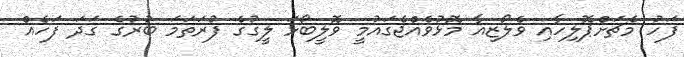
ފަހު މެޗަށްޕޮލިހާއި ވެލޯޒިއާ މޮޅުވެއްޖެގައުމީ ވޮލީބޯޅަ ލީގުގެ ފުރަތަމަ ބުރުގެ ގަދަ ފަހެއް